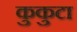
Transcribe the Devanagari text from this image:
कुकुटा